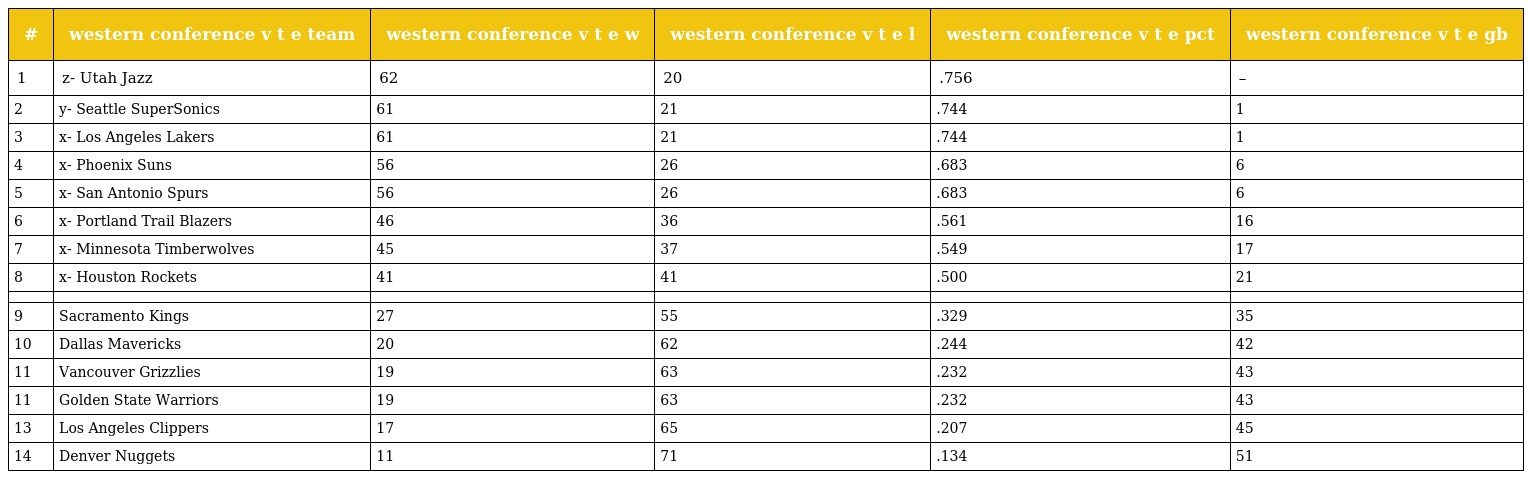
| # | western conference v t e team | western conference v t e w | western conference v t e l | western conference v t e pct | western conference v t e gb |
 | --- | --- | --- | --- | --- | --- |
 | 1 | z- Utah Jazz | 62 | 20 | .756 | – |
 | 2 | y- Seattle SuperSonics | 61 | 21 | .744 | 1 |
 | 3 | x- Los Angeles Lakers | 61 | 21 | .744 | 1 |
 | 4 | x- Phoenix Suns | 56 | 26 | .683 | 6 |
 | 5 | x- San Antonio Spurs | 56 | 26 | .683 | 6 |
 | 6 | x- Portland Trail Blazers | 46 | 36 | .561 | 16 |
 | 7 | x- Minnesota Timberwolves | 45 | 37 | .549 | 17 |
 | 8 | x- Houston Rockets | 41 | 41 | .500 | 21 |
 |  |  |  |  |  |  |
 | 9 | Sacramento Kings | 27 | 55 | .329 | 35 |
 | 10 | Dallas Mavericks | 20 | 62 | .244 | 42 |
 | 11 | Vancouver Grizzlies | 19 | 63 | .232 | 43 |
 | 11 | Golden State Warriors | 19 | 63 | .232 | 43 |
 | 13 | Los Angeles Clippers | 17 | 65 | .207 | 45 |
 | 14 | Denver Nuggets | 11 | 71 | .134 | 51 |